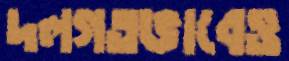
দলগতভাবেও